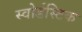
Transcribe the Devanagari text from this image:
स्वोर्डस्टिक